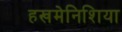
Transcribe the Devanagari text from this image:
हखमेनिशिया